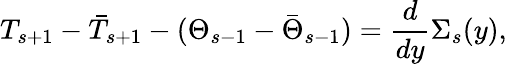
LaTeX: T_{s+1}-\bar{T}_{s+1}-(\Theta_{s-1}-\bar{\Theta}_{s-1})=\frac{d}{dy}\Sigma_{s}(y),